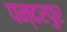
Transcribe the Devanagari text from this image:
पन्दरपुर